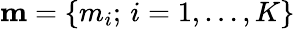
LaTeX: {{\mathbf m}=\{ m_{i};\, i=1,\dots,K\} }